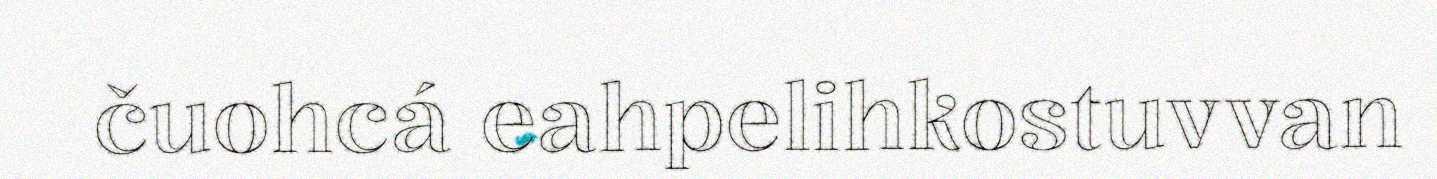
čuohcá eahpelihkostuvvan